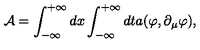
\mathcal { A } = \int _ { - \infty } ^ { + \infty } d x \int _ { - \infty } ^ { + \infty } d t a ( \varphi , \partial _ { \mu } \varphi ) ,